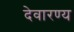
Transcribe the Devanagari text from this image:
देवारण्य